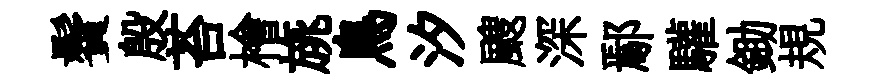
鬢殷苔檜旐鳥汐颼深鄢驩鋤規